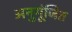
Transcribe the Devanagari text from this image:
अनुगूंजित